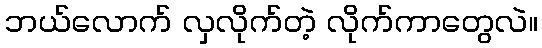
ဘယ်လောက် လှလိုက်တဲ့ လိုက်ကာတွေလဲ။